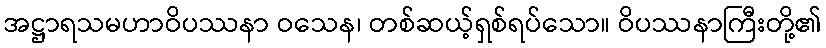
အဋ္ဌာရသမဟာဝိပဿနာ ဝသေန၊ တစ်ဆယ့်ရှစ်ရပ်သော။ ဝိပဿနာကြီးတို့၏